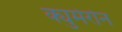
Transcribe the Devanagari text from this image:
क्युमेरोन